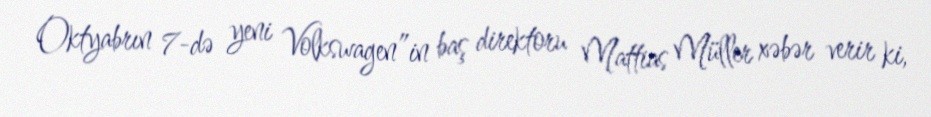
Oktyabrın 7-də yeni Volkswagen”in baş direktoru Mattias Müller xəbər verir ki,